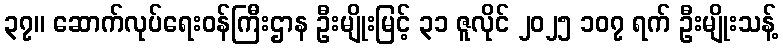
၃၇။ ဆောက်လုပ်ရေးဝန်ကြီးဌာန ဦးမျိုးမြင့် ၃၁ ဇူလိုင် ၂၀၂၅ ၁၀၇ ရက် ဦးမျိုးသန့်